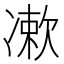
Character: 𠘂